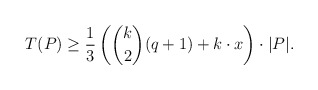
\begin{align*}T(P) \geq \frac{1}{3}\left(\binom{k}{2}(q+1) + k\cdot x\right)\cdot |P|.\end{align*}